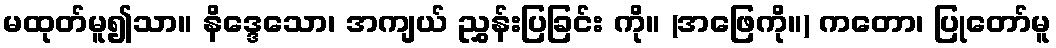
မထုတ်မူ၍သာ။ နိဒ္ဒေသော၊ အကျယ် ညွှန်းပြခြင်း ကို။ (အဖြေကို။) ကတော၊ ပြုတော်မူ